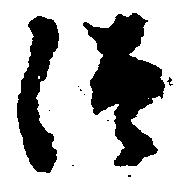
つ